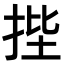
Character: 𭠷